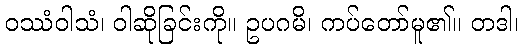
ဝဿံဝါသံ၊ ဝါဆိုခြင်းကို။ ဥပဂမိ၊ ကပ်တော်မူ၏။ တဒါ၊